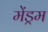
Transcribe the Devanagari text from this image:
मेंड्रम